Vaccination in Bombay 1902-1912 - 1902-1912
Year: 1902
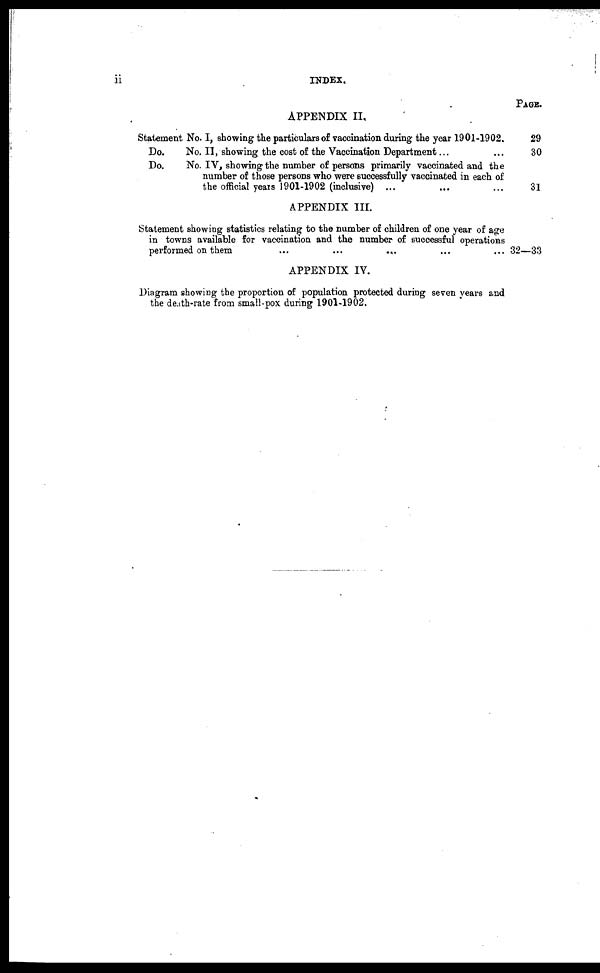
ii
INDEX.
APPENDIX II.
Statement No. I, showing the particulars of vaccination during the year 1901-1902.
Do.
No. II, showing the cost of the Vaccination Department... ...
Do.
No. IV, showing the number of persons primarily vaccinated and the
number of those persons who were successfully vaccinated in each of
the official years 1901-1902 (inclusive) ... ... ...
PAGE.
29
30
31
APPENDIX III.
Statement showing statistics relating to the number of children of one year of age
in towns available for vaccination and the number of successful operations
performed on them
...
...
... ... ...
32—33
APPENDIX IV.
Diagram showing the proportion of population protected during seven years and
the death-rate from small-pox during 1901-1902.